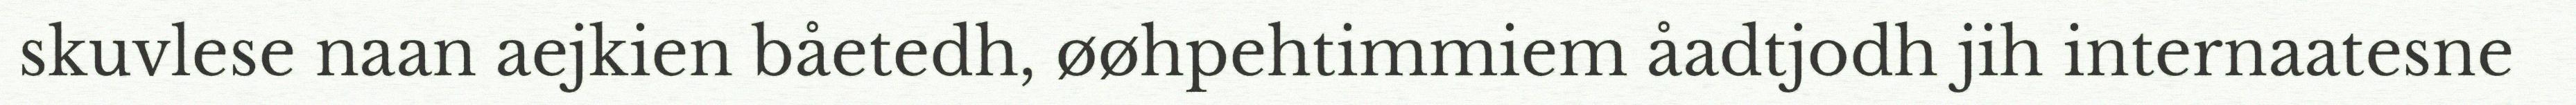
skuvlese naan aejkien båetedh, øøhpehtimmiem åadtjodh jih internaatesne